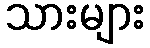
သားများ